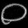
Digit: ၀